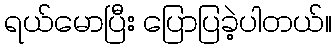
ရယ်မောပြီး ပြောပြခဲ့ပါတယ်။